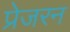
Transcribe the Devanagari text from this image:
प्रेजरन